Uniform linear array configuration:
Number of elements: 4
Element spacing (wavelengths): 0.5
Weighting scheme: uniform
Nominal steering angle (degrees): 30
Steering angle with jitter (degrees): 31.953
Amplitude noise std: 0.05
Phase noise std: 0.05

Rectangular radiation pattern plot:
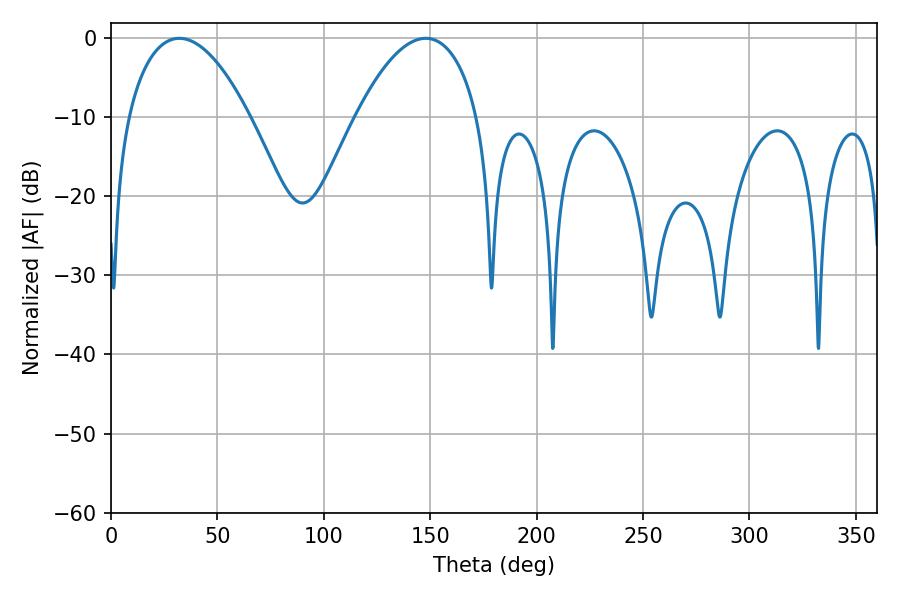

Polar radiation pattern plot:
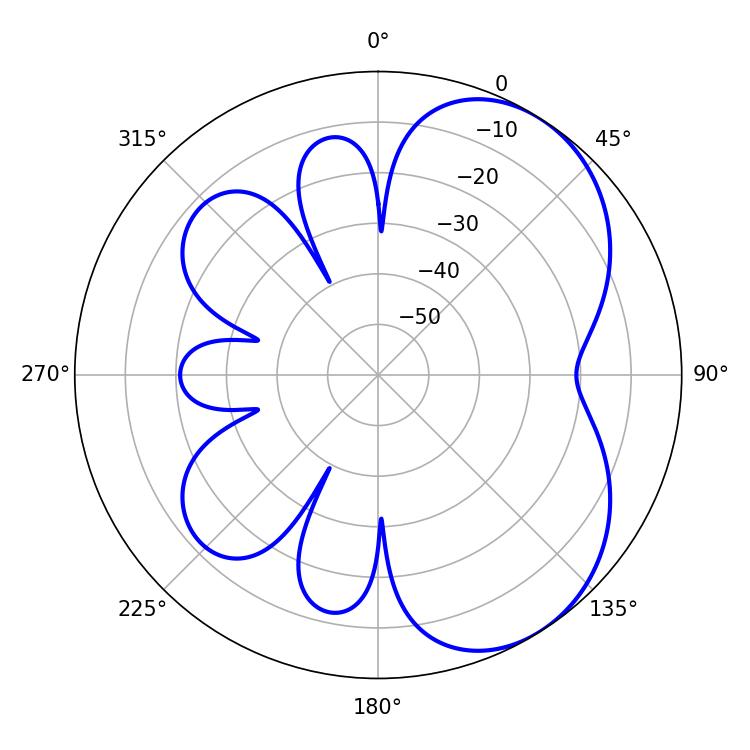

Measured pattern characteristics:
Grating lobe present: FALSE
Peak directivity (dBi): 5.107
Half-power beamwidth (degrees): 31.86
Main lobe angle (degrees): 32.04